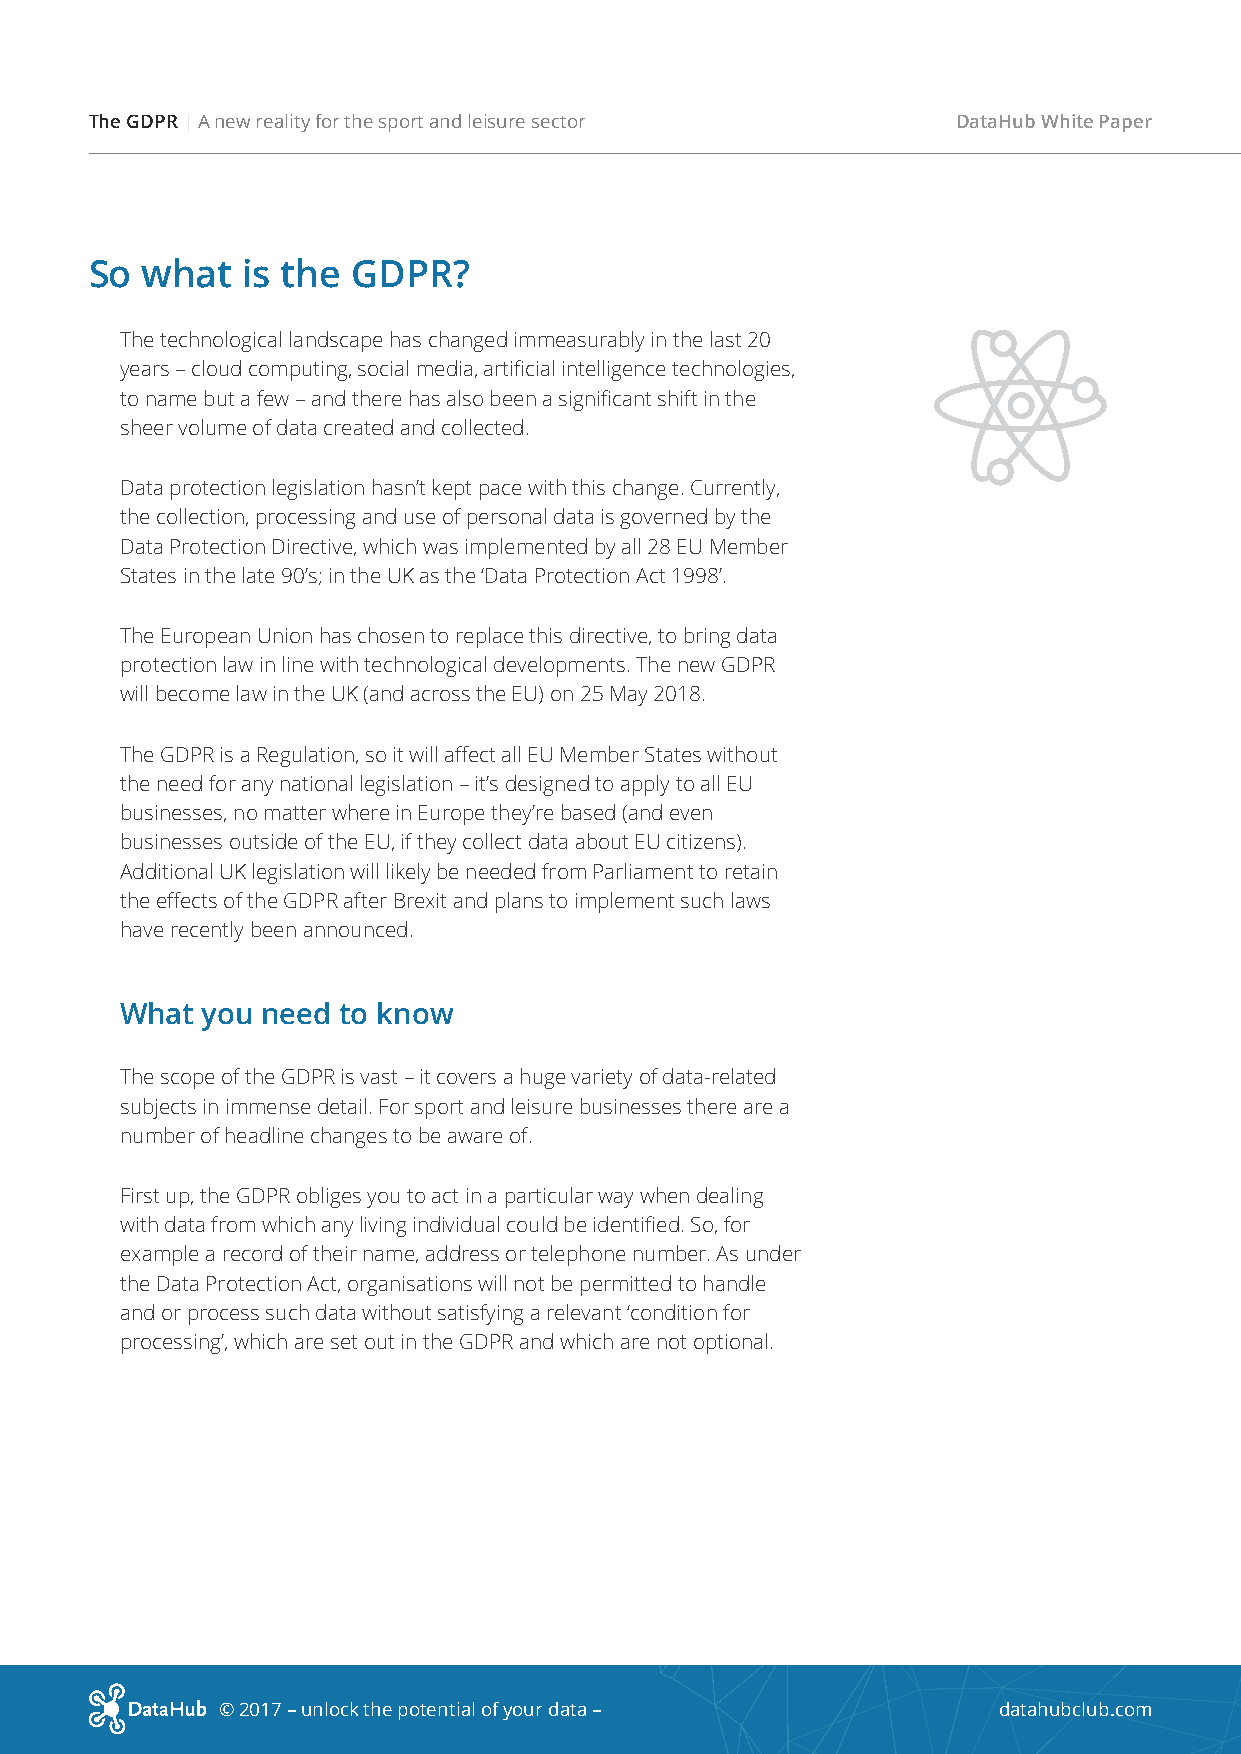
The GDPR | A new reality for the sport and leisure sector DataHub White Paper
 So what   is the GDPR?
 The technological landscape has changed immeasurably in the last 20
 years – cloud computing, social media, artificial intelligence technologies,
 to name but a few – and there has also been a significant shift in the
 sheer volume of data created and collected.
 Data protection legislation hasn’t kept pace with this change. Currently,
 the collection, processing and use of personal data is governed by the
 Data Protection Directive, which was implemented by all 28 EU Member
 States in the late 90’s; in the UK as the ‘Data Protection Act 1998’.
 The European Union has chosen to replace this directive, to bring data
 protection law in line with technological developments. The new GDPR
 will become law in the UK (and across the EU) on 25 May 2018.
 The GDPR is a Regulation, so it will affect all EU Member States without
 the need for any national legislation – it’s designed to apply to all EU
 businesses, no matter where in Europe they’re based (and even
 businesses outside of the EU, if they collect data about EU citizens).
 Additional UK legislation will likely be needed from Parliament to retain
 the effects of the GDPR after Brexit and plans to implement such laws
 have recently been announced.
 What you need to know
 The scope of the GDPR is vast – it covers a huge variety of data-related
 subjects in immense detail. For sport and leisure businesses there are a
 number of headline changes to be aware of.
 First up, the GDPR obliges you to act in a particular way when dealing
 with data from which any living individual could be identified. So, for
 example a record of their name, address or telephone number. As under
 the Data Protection Act, organisations will not be permitted to handle
 and or process such data without satisfying a relevant ‘condition for
 processing’, which are set out in the GDPR and which are not optional.
 © 2017 – unlock the potential of your data –        datahubclub.com